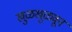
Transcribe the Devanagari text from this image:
खुळखुळवून